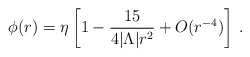
\begin{align*}\phi(r) = \eta \left[ 1 - \frac{15}{4|\Lambda|r^2} + O(r^{-4}) \right]\,.\end{align*}